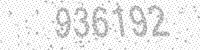
Solution: 936192